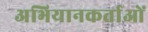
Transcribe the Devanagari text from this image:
अभियानकर्ताओं